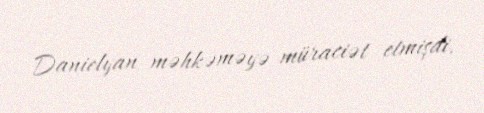
Danielyan məhkəməyə müraciət etmişdi.